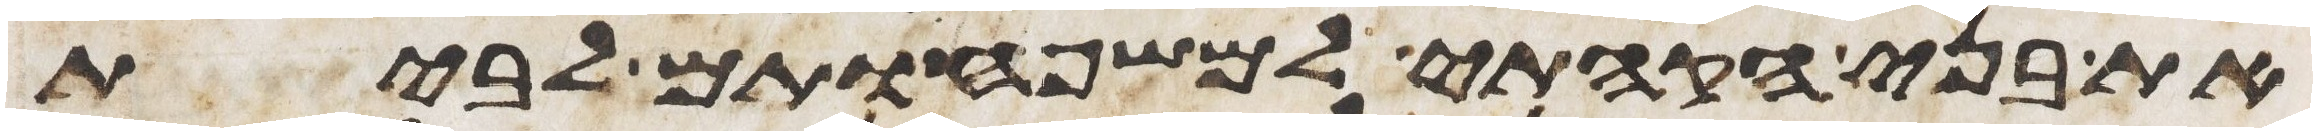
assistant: את בני הקהתי למשפחותם לבית